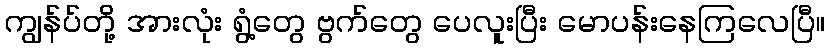
ကျွန်ပ်တို့ အားလုံး ရွံ့တွေ ဗွက်တွေ ပေလူးပြီး မောပန်းနေကြလေပြီ။